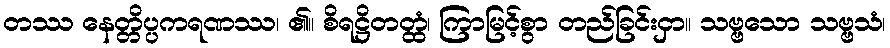
တဿ နေတ္တိပ္ပကရဏဿ၊ ၏။ စိရဋ္ဌိတတ္ထံ၊ ကြာမြင့်စွာ တည်ခြင်းငှာ။ သဗ္ဗသော သဗ္ဗသံ၊